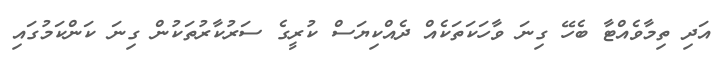
އަދި ތިމާވެއްޓާ ބެހޭ ގިނަ ވާހަކަތަކެއް ދެއްކިޔަސް ކުރީގެ ސަރުކާރުތަކުން ގިނަ ކަންކަމުގައި